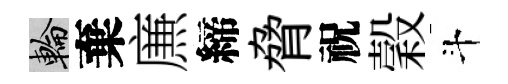
輪棄㢘締脅祝穀斗